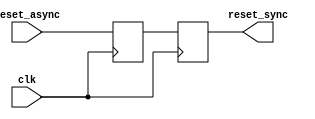
module async_reset_synchronizer (
    input wire reset_async,   // Active-high asynchronous reset
    input wire clk,           // Clock signal
    output reg reset_sync     // Synchronized reset output
);

    reg reset_stage_1;        // Intermediate register for first stage synchronization

    // Always block triggered on the rising edge of the clock
    always @(posedge clk) begin
        reset_stage_1 <= reset_async; // Sample the asynchronous reset
        reset_sync <= reset_stage_1;   // Synchronize the reset signal
    end

endmodule